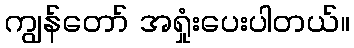
ကျွန်တော် အရှုံးပေးပါတယ်။